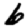
Digit: 6